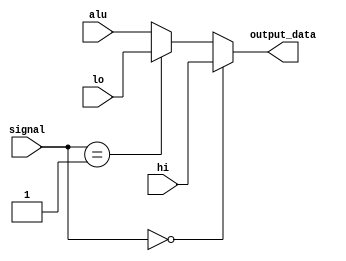
module MUX3x1( output_data, signal, alu, hi, lo );
  input [1:0]signal;
  input [31:0]alu, hi, lo;
  output [31:0]output_data;

  assign output_data = ( signal == 2'b00 )?hi:( ( signal == 2'b01 )?lo:alu );
endmodule